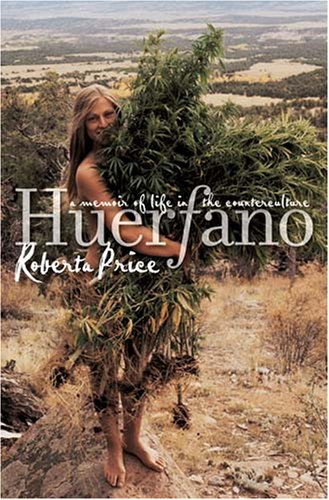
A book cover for Huerfano: A Memoir of Life in the Counterculture; Roberta Price; Biographies & Memoirs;